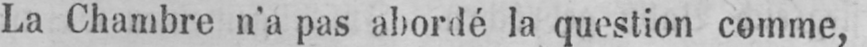
La Chambre n’a pas abordé la question comme,